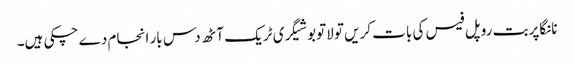
نانگاپربت روپل فیس کی بات کریں تو لاتوبو شیگری ٹریک آٹھ دس بار انجام دے چکی ہیں۔